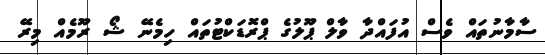
ސާމާނުތައް ވެސް އުފައްދާ ވާލް ޕޫލުގެ ޕްރޮޑަކްޓުތައް ހިމެނޭ ޝޯ ރޫމެއް މިރޭ